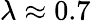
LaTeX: \lambda\approx 0.7